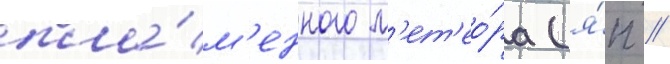
пла́м'енного м'ет'ео́ра (я́п //